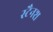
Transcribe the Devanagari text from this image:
स्टैनश